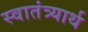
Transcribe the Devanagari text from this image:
स्वातंत्र्यार्थ